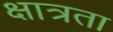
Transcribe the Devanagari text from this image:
क्षात्रता